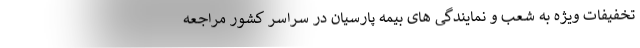
تخفیفات ویژه به شعب و نمایندگی های بیمه پارسیان در سراسر کشور مراجعه